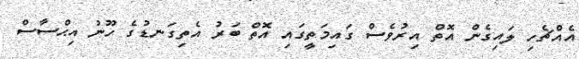
އެއްޗެހި ލައިގެން އޮތް އިރުވެސް ގައިމަތީގައި އޮތް ބަރު އެތިގަނޑުގެ ހޫނު އިޙްސާސް